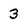
Character: 3